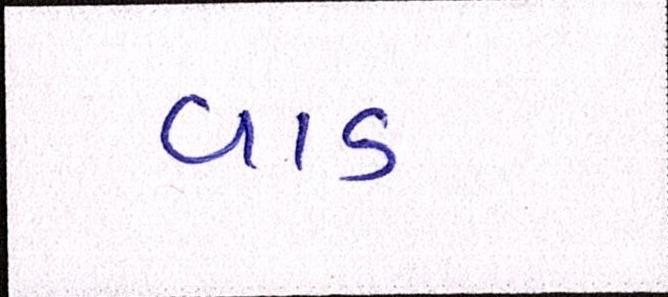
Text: વાડ